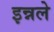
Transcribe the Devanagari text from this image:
इन्नले